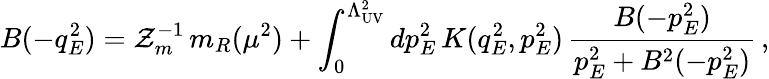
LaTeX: B(-q_{E}^{2})=\mathcal{Z}_{m}^{-1}\, m_{R}(\mu^{2})+\int_{0}^{\Lambda_{\mathrm{{UV}}}^{2}}dp_{E}^{2}\, K(q_{E}^{2},p_{E}^{2})\, \frac{{B(-p_{E}^{2})}}{{p_{E}^{2}+B^{2}(-p_{E}^{2})}}\, ,